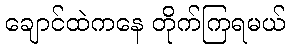
ချောင်ထဲကနေ တိုက်ကြရမယ်